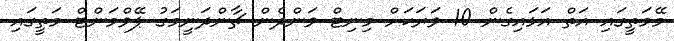
މޭމަތީގައި އަތް އަޅައިގެން 10 ވަރަކަށް މިނިޓް ވަންދެން ޗާންދަނީމަގު ޕޭވްމަންޓް މަތީގައި